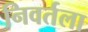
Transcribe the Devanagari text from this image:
निवर्तला